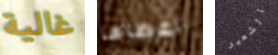
غالية اعطاها الشعير